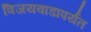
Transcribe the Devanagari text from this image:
विजयवाडापर्यंत